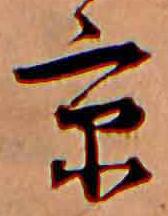
京